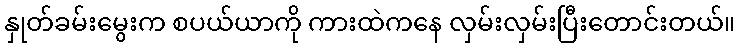
နှုတ်ခမ်းမွေးက စပယ်ယာကို ကားထဲကနေ လှမ်းလှမ်းပြီးတောင်းတယ်။